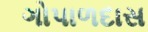
ગોપાળદાસ